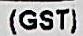
(GST)